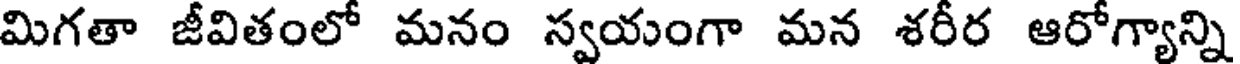
మిగతా జీవితంలో మనం స్వయంగా మన శరీర ఆరోగ్యాన్ని